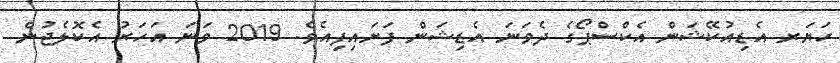
ހަޔަރ އެޑިއުކޭޝަން އެކްސްޕޯގެ ދެވަނަ އެޑިޝަން ފަށައިފިއެވެ. 2019 ވަނަ އަހަރު އެކޮލެޖުން